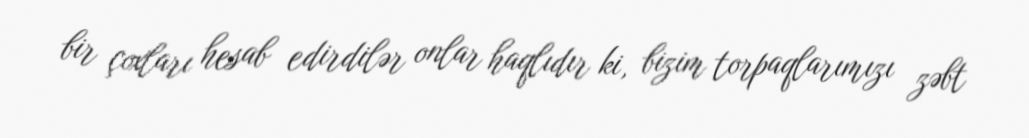
bir çoxları hesab edirdilər onlar haqlıdır ki, bizim torpaqlarımızı zəbt